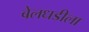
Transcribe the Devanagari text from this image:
बेलधडीला